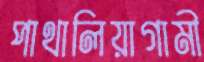
পাথালিয়াগামী